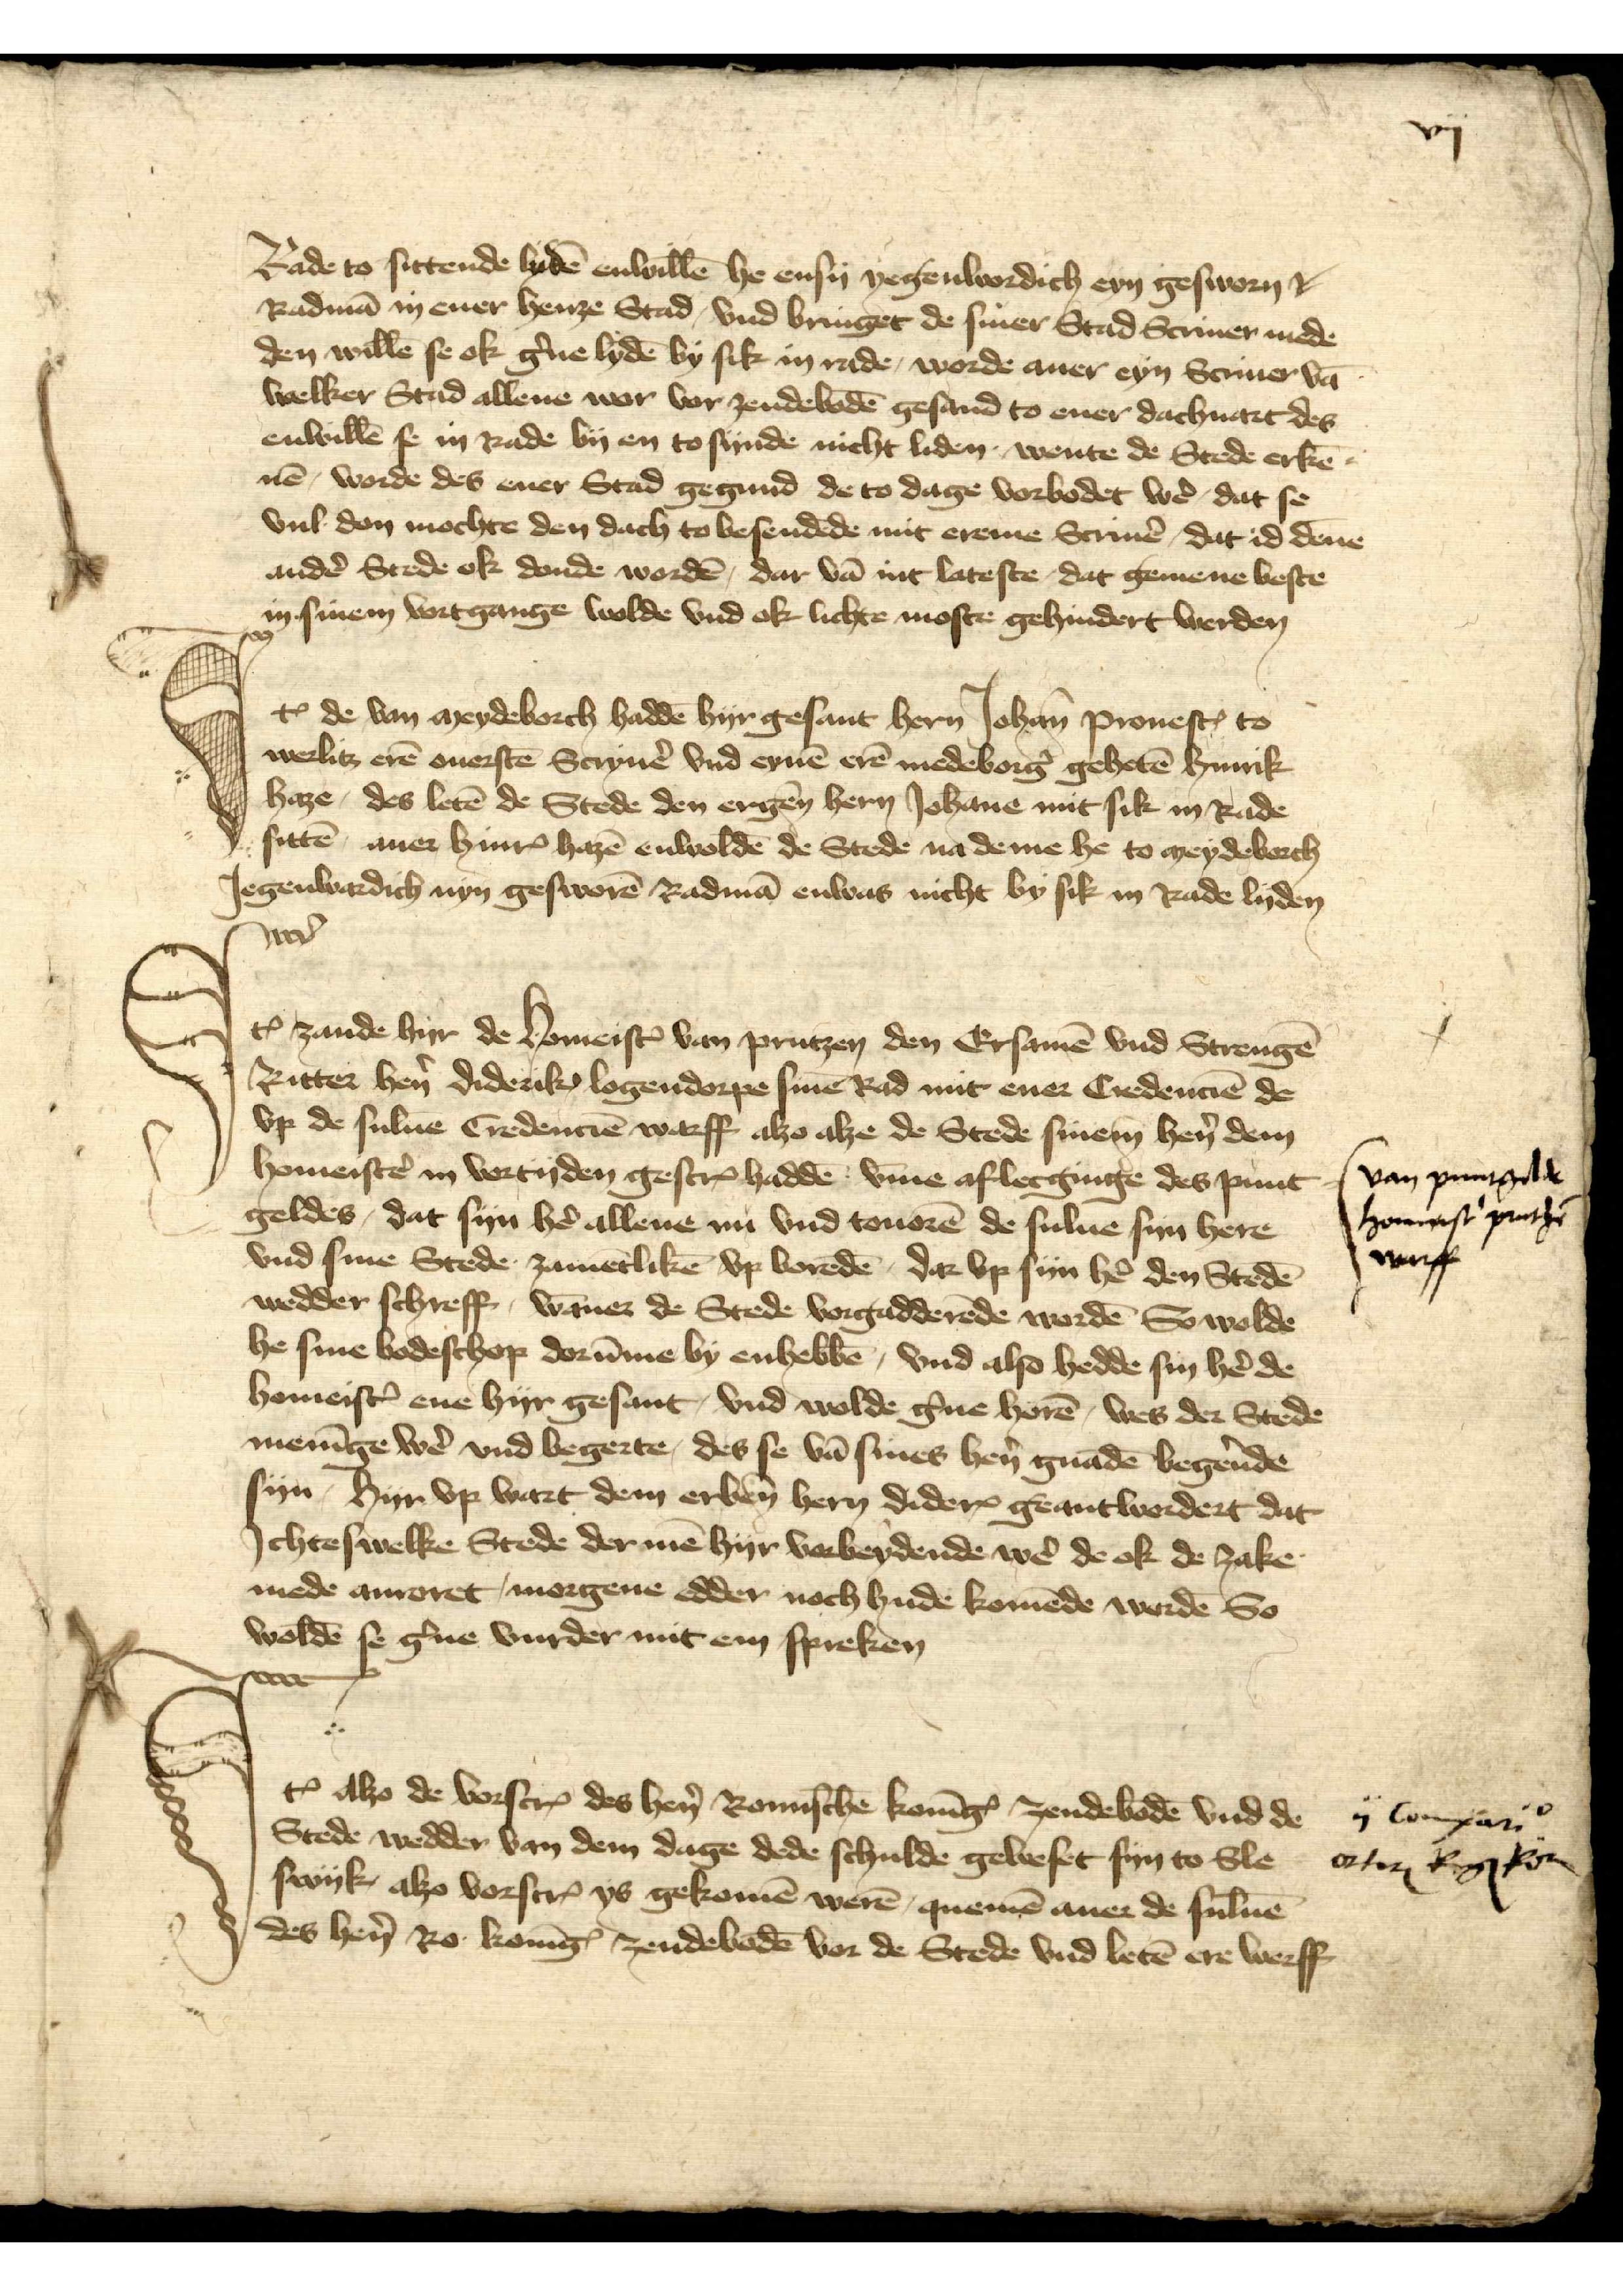
vij

Rade to sittende lydē enwillē he ensy yegenwordich eyn gesworn
Radmā in ener henze Stad, vnd bringet de siner Stadt Scriuer mede
den willē se ok g̉ne lydē by sik in rade, worde aver eyn Scriuer vā
welker Stad allene wor vor zendebodē gesand to ener dachuart des
enwillē se in Rade by en to synde nicht liden wente de Stede erkē¬
nē, worde des ener Stadt gegend de to dage vorbodet wẻ, dat se
vul don mochte den dach to besendēde mit ereme Scriuẻ, dat id dēne
andẻ Stede ok donde wordē, dar vā in lateste, dat gemene beste
in sinem vortgange wolde vnd ok lichte moste gehindert werden

Iꝷ de van Meydeborch haddē hyr gesant hern Johan Pronest to
werlitz erē ouerstē Scryuẻ vnd eynē erē medeborg̉ gehetē Hinrik
Haze, des letē de Stede den ergen̄ hern Johāne mit sik in Rade
satē, auer HinrꝬ Haze enwoldē de Stede na deme he to Meydeborch
Jegenwardich nyn gesworē Radmā enwas nicht by sik in Rade lyden

Iꝷ zande hyr de HomeistꝬ van Prutzen den Ersamē vnd Strengē
Ritter hẻn Diderik Logendorpe sine Rad mit ener Credenciē de
vp de suluē Credenciē warff alzo alze de Stede sinem hẻn dem
homeistẻ in vortyden gescrꝬ haddē v̄me aflecginge des punt
geldes, dat syn hẻ allene nu vnd touorē de sulve syn herr
vnd sine Stede zamētlikē vp voredē, dar vp syn hẻ den Stedē
wedder schreff, wāner de Stede vorgadderēde wordē So wolde
he sine bodeschop dorūme by enhebbē, vnd also hedde syn hẻ de
homeistꝬ ene hyr gesant, vnd wolde g̉ne horē, wes der Stede
menīge wẻ vnd begerte, des se vā sines hẻn gnadē begẻnde
syn, hyr vp wart dem ̄erben̄ hern DiderꝬ geantwerdert dat
Jchtewelke Stede der mē hyr vorbeydende wẻ de ok de zake
mede anroret, morgene edder noch hude komēde werdē so
woldē se g̉ne vurder mit em spreken

van prutzsche
Houemeist̉ puntgē
breff

Jꝷ alzo de vorscȓ des hẻn Romischē KonīgꝬ zendebodē vnd de 
Stede wedder van dem dage dede schulde geweset syn to Sle
swyk, alzo vorscrꝬ ys gekomē werē, quemē auer de suluē
des hẻn Ro KonīgꝬ zendebodē vor de Stede vnd letē ere werff

ij comparo
orten Reg Rom